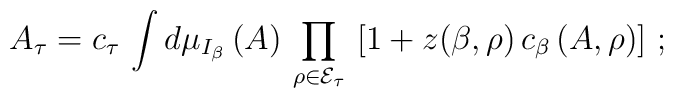
\left. A_{\tau} = c_{\tau} \, \int d \mu_{I_{\beta}} \, (A) \, \prod_{\rho \in {\cal E}_{\tau}} \, \left[ 1 + z(\beta,\rho) \, c_{\beta} \, (A,\rho) \right]  \, ; \right.